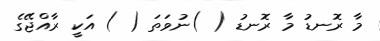
މާ ރޮނޑު މާ ރޮނޑު ( )ނުވަތަ ( ) އަކީ ރާއްޖޭގެ